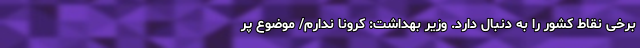
برخی نقاط کشور را به دنبال دارد. وزیر بهداشت: کرونا ندارم/ موضوع پر